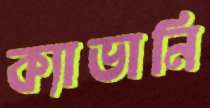
ক্যাভানি